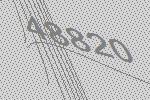
48820